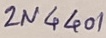
Text: 2N4401